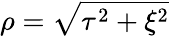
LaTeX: \rho=\sqrt{\tau^{2}+\xi^{2}}